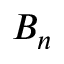
B _ { n }